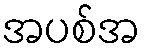
အပစ်အ